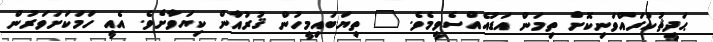
ޙަދީޘުކުރައްވަނިކޮށް ތިމަން އަޑުއެއްސެވީމެވެ. " ތިޔަބައިމީހުން ޤުރުއާން ކިޔަވާށެވެ. އެއީ ހަމަކަށަވަރުން